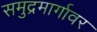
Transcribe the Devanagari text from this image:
समुद्रमार्गावर